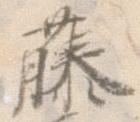
藤